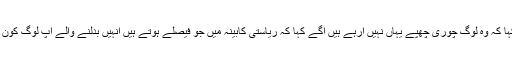
انہوں نے کہا کہ وہ لوگ چوری چھپے یہاں نہیں آرہے ہیں آگے کہا کہ ریاستی کابینہ میں جو فیصلے ہوتے ہیں اُنہیں بدلنے والے آپ لوگ کون ہوتے ہیں ؟